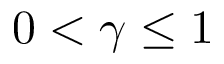
0 < \gamma \leq 1